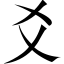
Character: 爻